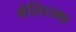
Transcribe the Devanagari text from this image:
मेलिस्मा